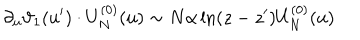
LaTeX: \partial _ { u } \vartheta _ { 1 } ( u ^ { \prime } ) \cdot U _ { N } ^ { ( 0 ) } ( u ) \sim N \alpha \ln ( z - z ^ { \prime } ) U _ { N } ^ { ( 0 ) } ( u )